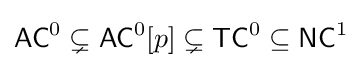
{\mathsf {AC}}^{0}\subsetneq {\mathsf {AC}}^{0}[p]\subsetneq {\mathsf {TC}}^{0}\subseteq {\mathsf {NC}}^{1}